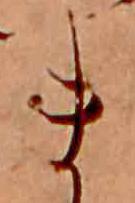
ま